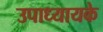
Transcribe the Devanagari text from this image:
उपाध्यायके